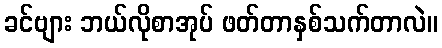
ခင်ဗျား ဘယ်လိုစာအုပ် ဖတ်တာနှစ်သက်တာလဲ။